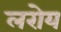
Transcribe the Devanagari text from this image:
लरोय